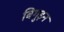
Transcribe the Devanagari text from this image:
बिगुइन